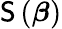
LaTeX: \mathsf{S}\left({\boldsymbol{\beta}}\right)